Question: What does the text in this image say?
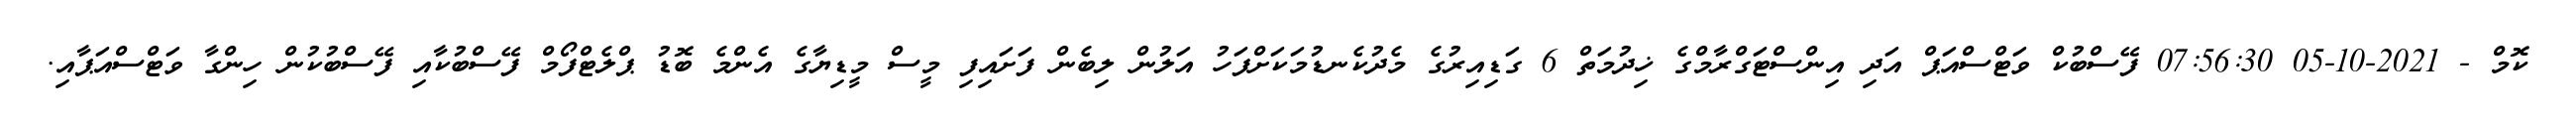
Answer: ކޮމް - 2021-10-05 07:56:30 ފޭސްބުކް ވަޓްސްއަޕް އަދި އިންސްޓަގްރާމްގެ ޚިދުމަތް 6 ގަޑިއިރުގެ މެދުކެނޑުމަކަށްފަހު އަލުން ލިބެން ފަށައިފި މީސް މީޑިޔާގެ އެންމެ ބޮޑު ޕްލެޓްފޯމް ފޭސްބުކާއި ފޭސްބުކުން ހިންގާ ވަޓްސްއަޕާއި.